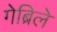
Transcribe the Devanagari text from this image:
गेब्रिले